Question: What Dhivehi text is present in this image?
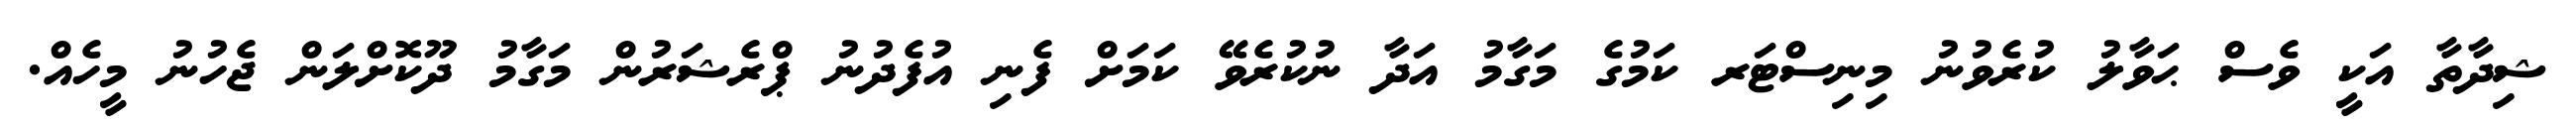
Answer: ޝިދާތާ އަކީ ވެސް ޙަވާލު ކުރެވުނު މިނިސްޓަރ ކަމުގެ މަގާމު އަދާ ނުކުރެވޭ ކަމަށް ފެނި އުފެދުނު ޕްރެޝަރުން މަގާމު ދޫކޮށްލަން ޖެހުނު މީހެއް.